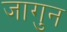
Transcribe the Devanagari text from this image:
जागुन